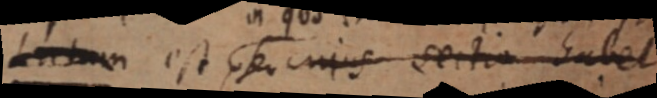
Latum est seu cujus sectio habet